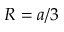
R = a / 3